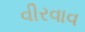
વીરવાવ